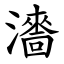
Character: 瀒